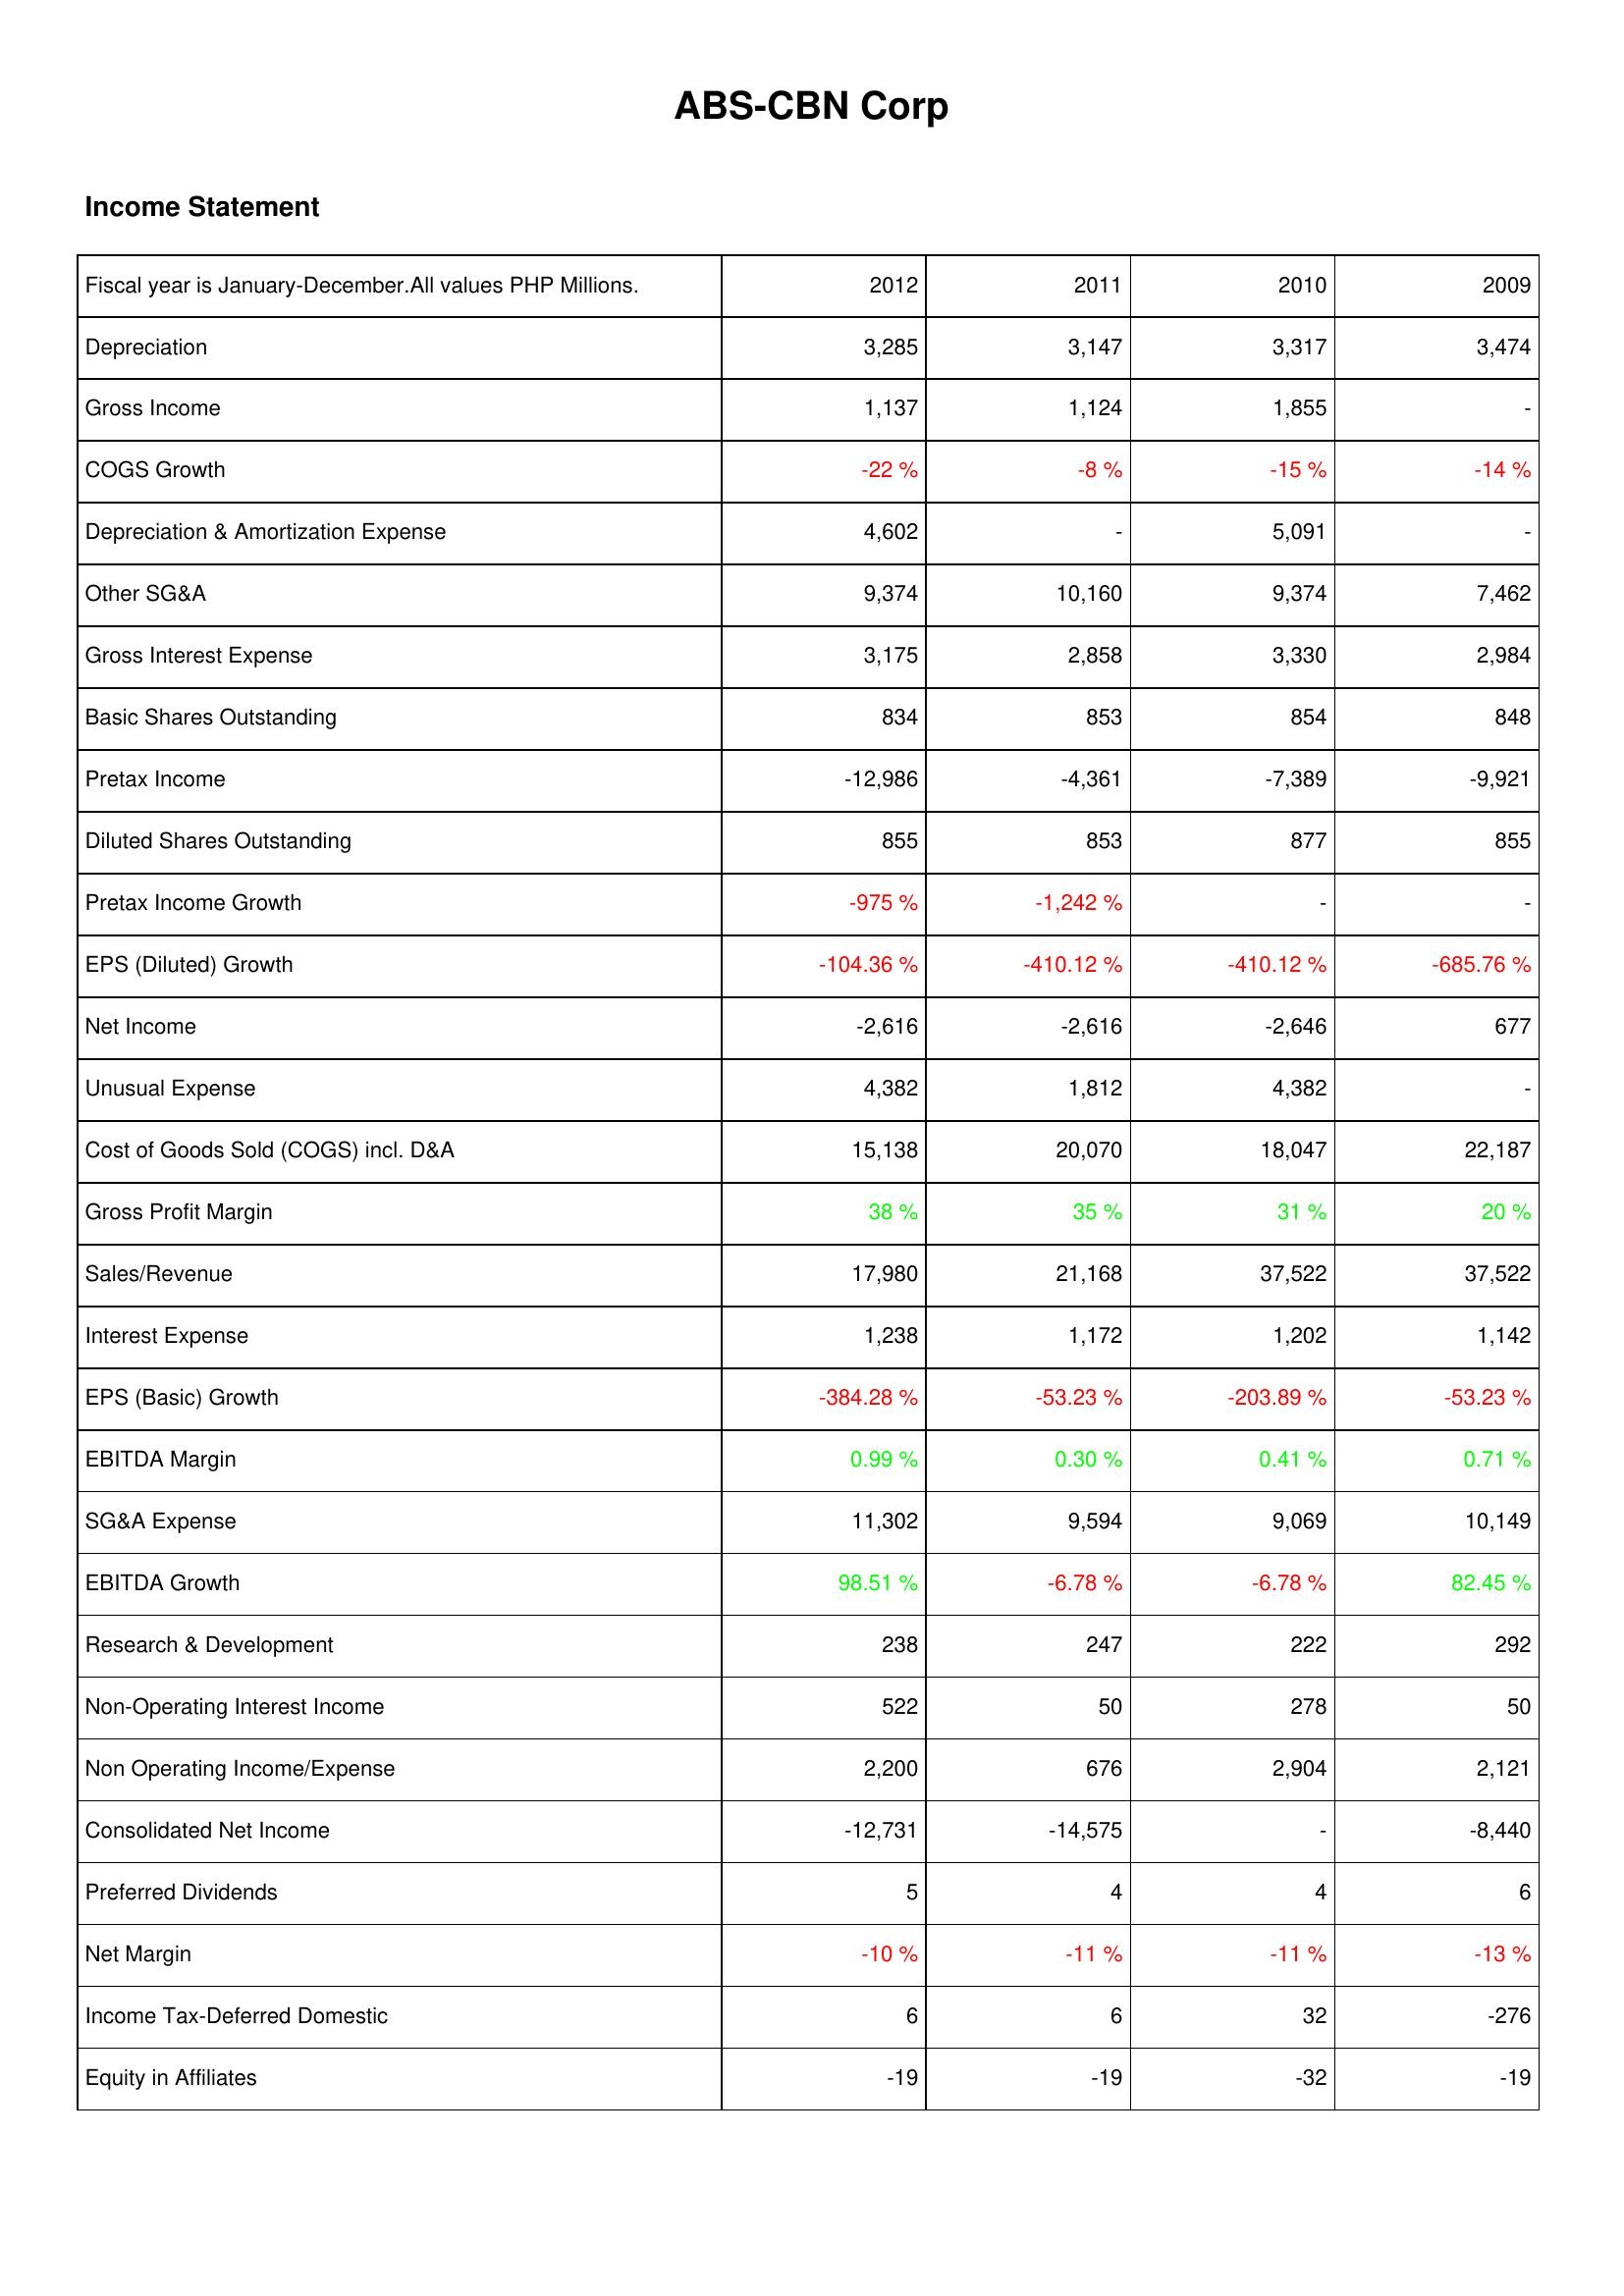
2012: Income Statement: Depreciation: 3,285
Gross Income: 1,137
COGS Growth: -22 %
Depreciation & Amortization Expense: 4,602
Other SG&A: 9,374
Gross Interest Expense: 3,175
Basic Shares Outstanding: 834
Pretax Income: -12,986
Diluted Shares Outstanding: 855
Pretax Income Growth: -975 %
EPS (Diluted) Growth: -104.36 %
Net Income: -2,616
Unusual Expense: 4,382
Cost of Goods Sold (COGS) incl. D&A: 15,138
Gross Profit Margin: 38 %
Sales/Revenue: 17,980
Interest Expense: 1,238
EPS (Basic) Growth: -384.28 %
EBITDA Margin: 0.99 %
SG&A Expense: 11,302
EBITDA Growth: 98.51 %
Research & Development: 238
Non-Operating Interest Income: 522
Non Operating Income/Expense: 2,200
Consolidated Net Income: -12,731
Preferred Dividends: 5
Net Margin: -10 %
Income Tax-Deferred Domestic: 6
Equity in Affiliates: -19
2011: Income Statement: Depreciation: 3,147
Gross Income: 1,124
COGS Growth: -8 %
Depreciation & Amortization Expense: -
Other SG&A: 10,160
Gross Interest Expense: 2,858
Basic Shares Outstanding: 853
Pretax Income: -4,361
Diluted Shares Outstanding: 853
Pretax Income Growth: -1,242 %
EPS (Diluted) Growth: -410.12 %
Net Income: -2,616
Unusual Expense: 1,812
Cost of Goods Sold (COGS) incl. D&A: 20,070
Gross Profit Margin: 35 %
Sales/Revenue: 21,168
Interest Expense: 1,172
EPS (Basic) Growth: -53.23 %
EBITDA Margin: 0.30 %
SG&A Expense: 9,594
EBITDA Growth: -6.78 %
Research & Development: 247
Non-Operating Interest Income: 50
Non Operating Income/Expense: 676
Consolidated Net Income: -14,575
Preferred Dividends: 4
Net Margin: -11 %
Income Tax-Deferred Domestic: 6
Equity in Affiliates: -19
2010: Income Statement: Depreciation: 3,317
Gross Income: 1,855
COGS Growth: -15 %
Depreciation & Amortization Expense: 5,091
Other SG&A: 9,374
Gross Interest Expense: 3,330
Basic Shares Outstanding: 854
Pretax Income: -7,389
Diluted Shares Outstanding: 877
Pretax Income Growth: -
EPS (Diluted) Growth: -410.12 %
Net Income: -2,646
Unusual Expense: 4,382
Cost of Goods Sold (COGS) incl. D&A: 18,047
Gross Profit Margin: 31 %
Sales/Revenue: 37,522
Interest Expense: 1,202
EPS (Basic) Growth: -203.89 %
EBITDA Margin: 0.41 %
SG&A Expense: 9,069
EBITDA Growth: -6.78 %
Research & Development: 222
Non-Operating Interest Income: 278
Non Operating Income/Expense: 2,904
Consolidated Net Income: -
Preferred Dividends: 4
Net Margin: -11 %
Income Tax-Deferred Domestic: 32
Equity in Affiliates: -32
2009: Income Statement: Depreciation: 3,474
Gross Income: -
COGS Growth: -14 %
Depreciation & Amortization Expense: -
Other SG&A: 7,462
Gross Interest Expense: 2,984
Basic Shares Outstanding: 848
Pretax Income: -9,921
Diluted Shares Outstanding: 855
Pretax Income Growth: -
EPS (Diluted) Growth: -685.76 %
Net Income: 677
Unusual Expense: -
Cost of Goods Sold (COGS) incl. D&A: 22,187
Gross Profit Margin: 20 %
Sales/Revenue: 37,522
Interest Expense: 1,142
EPS (Basic) Growth: -53.23 %
EBITDA Margin: 0.71 %
SG&A Expense: 10,149
EBITDA Growth: 82.45 %
Research & Development: 292
Non-Operating Interest Income: 50
Non Operating Income/Expense: 2,121
Consolidated Net Income: -8,440
Preferred Dividends: 6
Net Margin: -13 %
Income Tax-Deferred Domestic: -276
Equity in Affiliates: -19